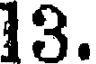
13.